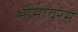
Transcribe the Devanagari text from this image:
भीमावरम